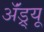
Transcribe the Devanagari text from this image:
ॲंड्र्यू